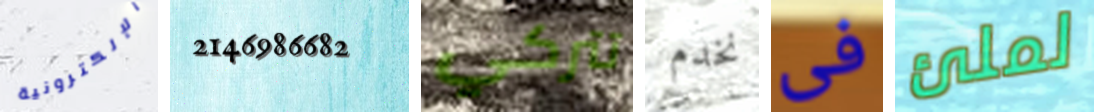
الإلكترونية 2146986682 تتركي نخدم فى لملئ